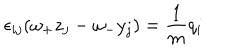
\epsilon _ { i j } ( \omega _ { + } z _ { j } - \omega _ { - } y _ { j } ) = \frac { 1 } { m } q _ { i }